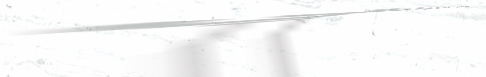
محل تجزئة للملابس الرياضي